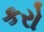
કરો